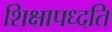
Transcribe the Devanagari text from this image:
शिक्षापध्दति